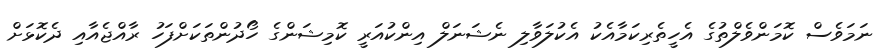
ނަމަވެސް ކޮމަންވެލްތުގެ އެހީތެރިކަމާއެކު އެކުލަވާލި ނެޝަނަލް އިންކުއަރީ ކޮމިޝަންގެ ހޯދުންތަކަށްފަހު ރާއްޖެއާއި ދެކޮޅަށް